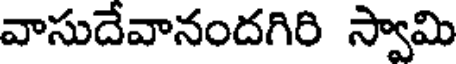
వాసుదేవానందగిరి స్వామి